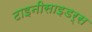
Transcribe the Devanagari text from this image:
टाइनीसाइडर्स